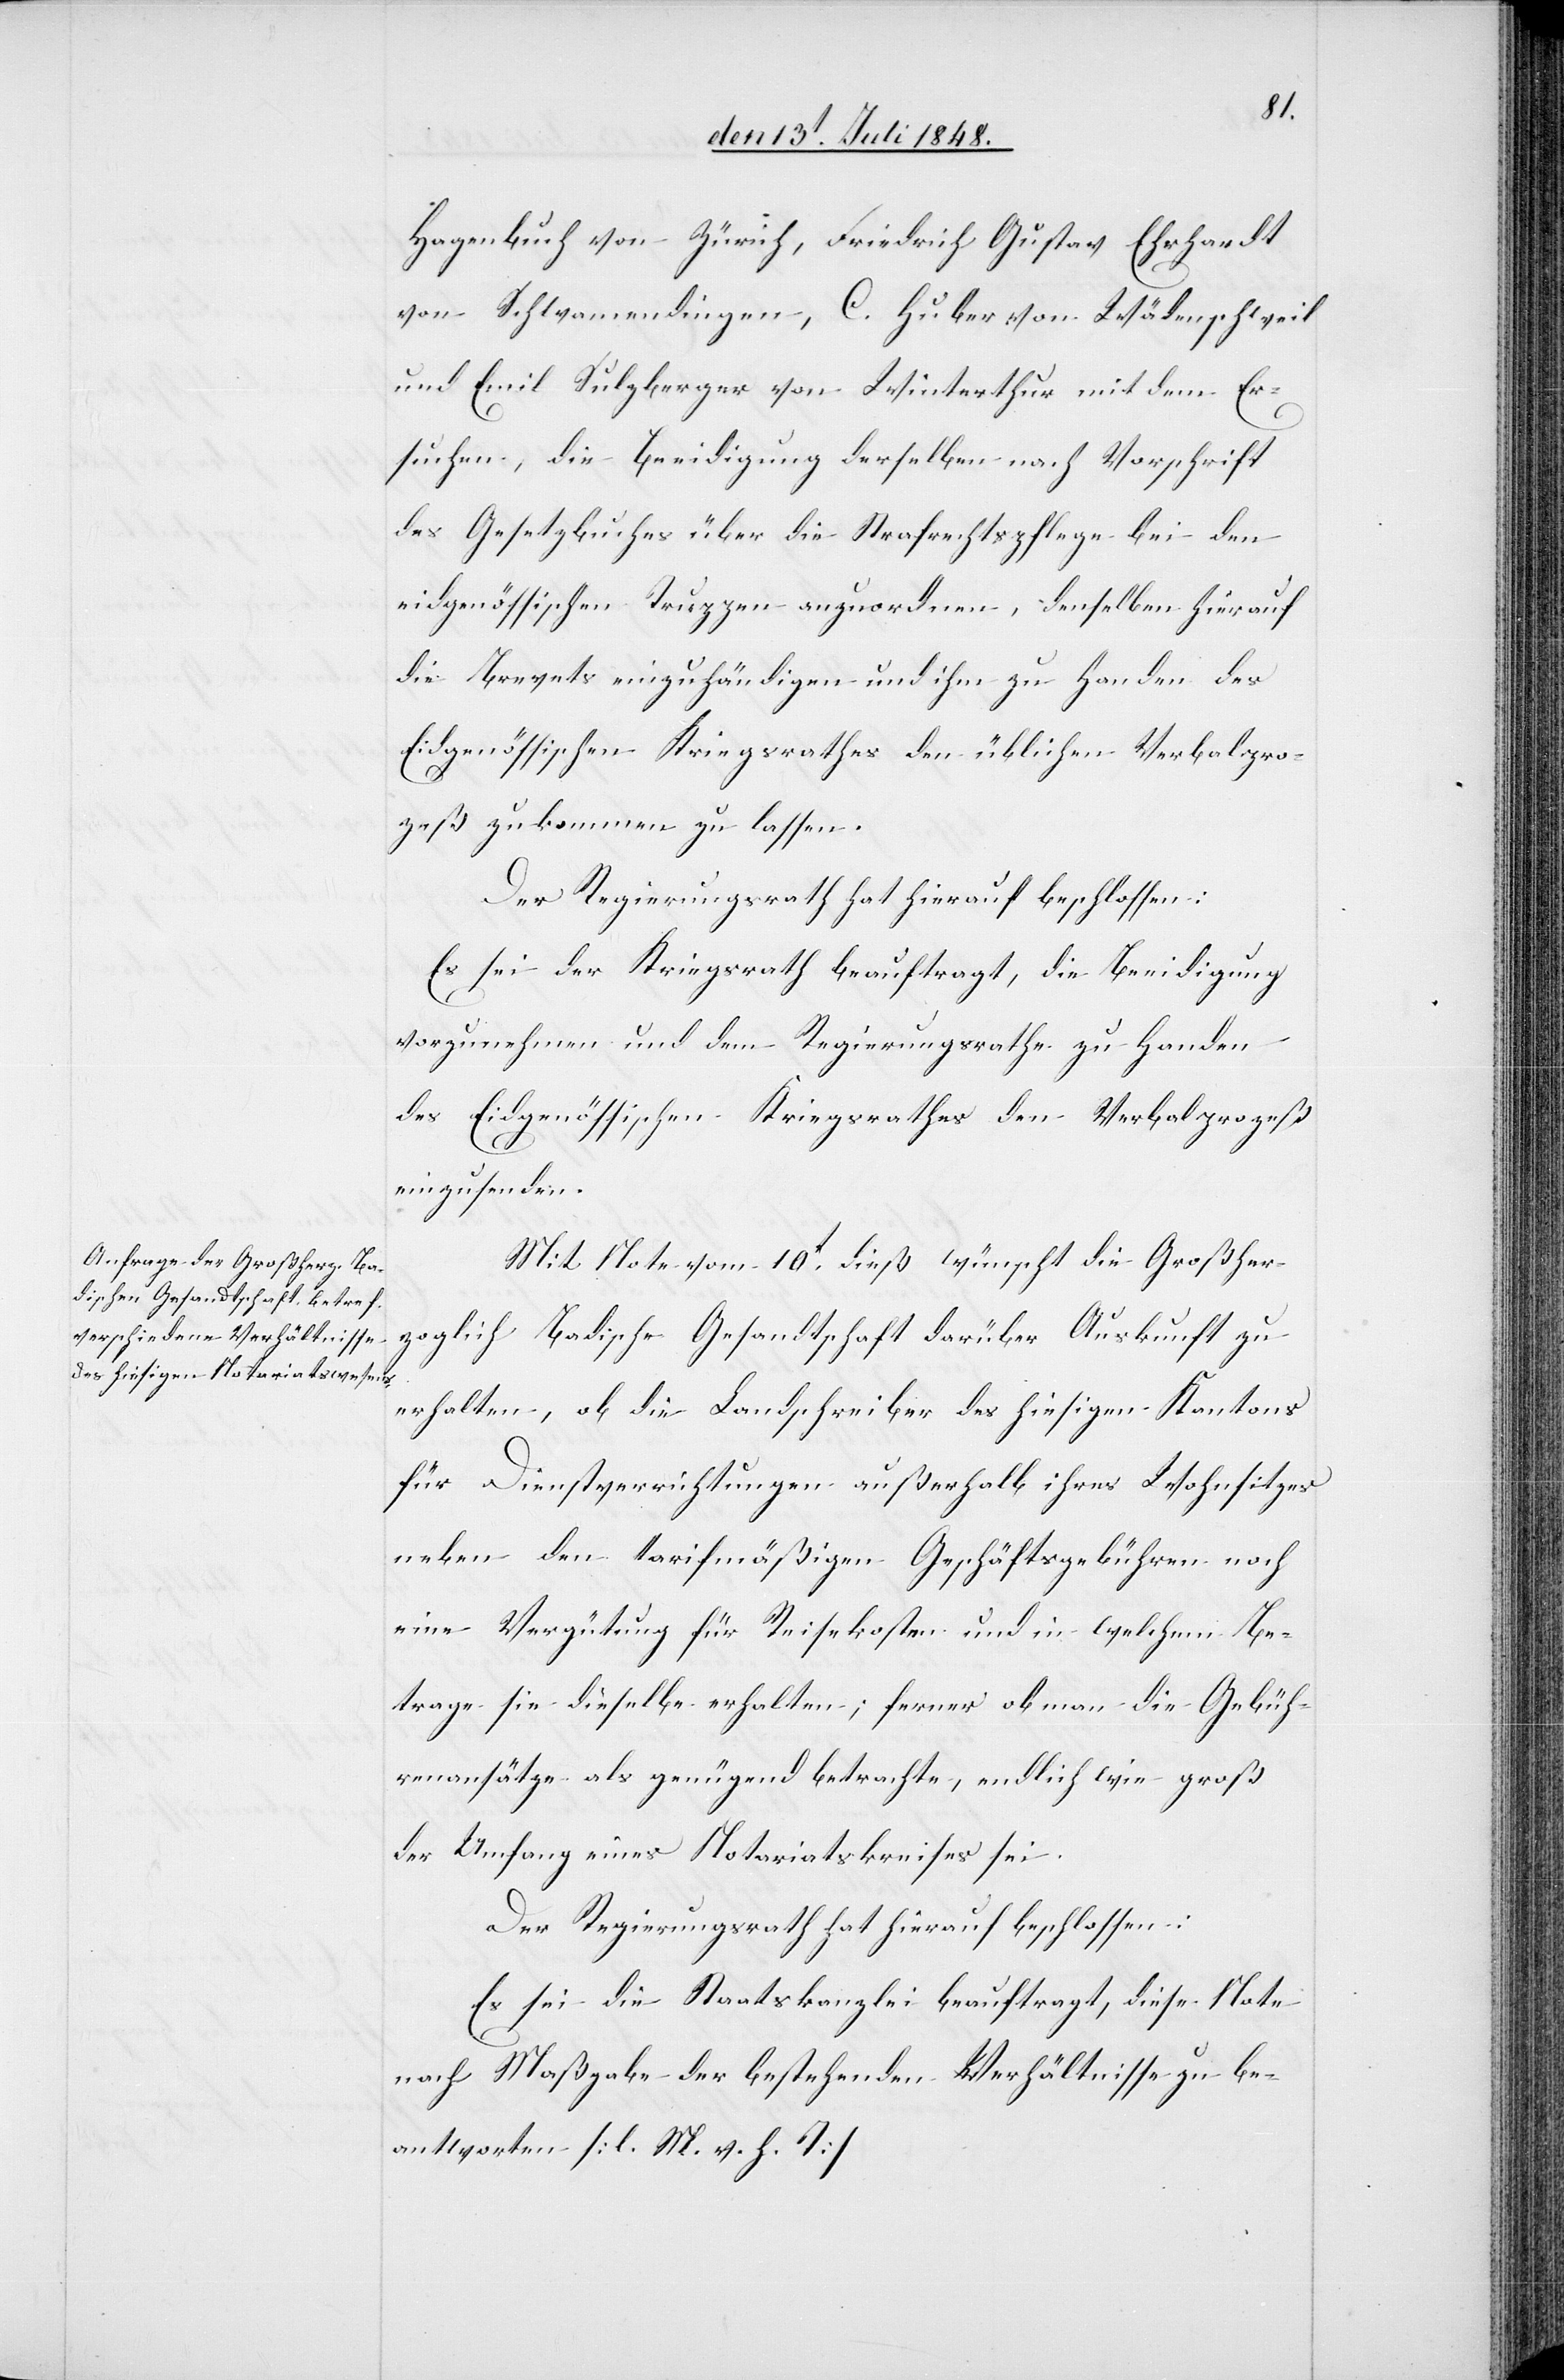
Hagenbuch von Zürich, Friedrich Gustav Ehrhardt
von Schwamendingen, C. Huber von Wädenschweil
und Emil Sulzberger von Winterthur mit dem Er¬
suchen, die Beeidigung derselben nach Vorschrift
des Gesetzbuches über die Strafrechtspflege bei den
eidgenössischen Truppen anzuordnen, denselben hierauf
die Brevets einzuhändigen und ihm zu Handen des
Eidgenössischen Kriegsrathes den üblichen Verbalpro¬
zeß zukommen zu lassen.
Der Regierungsrath hat hierauf beschlossen:
Es sei der Kriegsrath beauftragt, die Beeidigung
vorzunehmen und dem Regierungsrathe zu Handen
des Eidgenössischen Kriegsrathes den Verbalprozeß
einzusenden.
Mit Note vom 10t dieß wünscht die Großher¬
zoglich Badische Gesandtschaft darüber Auskunft zu
erhalten, ob die Landschreiber des hiesigen Kantons
für Dienstverrichtungen außerhalb ihres Wohnsitzes
neben den tarifmäßigen Geschäftsgebühren noch
eine Vergütung für Reisekosten und in welchem Be¬
trage sie dieselbe erhalten; ferner ob man die Gebüh¬
renansätze als genügend betrachte, endlich wie groß
der Umfang eines Notariatskreises sei.
Der Regierungsrath hat hierauf beschlossen:
Es sei die Staatskanzlei beauftragt, diese Note
nach Maßgabe der bestehenden Verhältnisse zu be¬
antworten. [l. M. v. h. T]